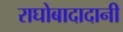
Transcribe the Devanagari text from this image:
राघोबादादानी